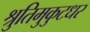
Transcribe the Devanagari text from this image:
श्रुतिमुकुटधर